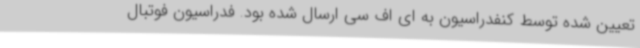
تعیین شده توسط کنفدراسیون به ای اف سی ارسال شده بود. فدراسیون فوتبال